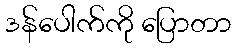
ဒန်ပေါက်ကို ပြောတာ